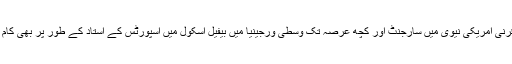
اس سے قبل قرنی امریکی نیوی میں سارجنٹ اور کچھ عرصہ تک وسطی ورجینیا میں بیفیل اسکول میں اسپورٹس کے استاد کے طور پر بھی کام کرچکے ہیں۔